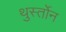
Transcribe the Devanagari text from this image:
थुर्स्तोन